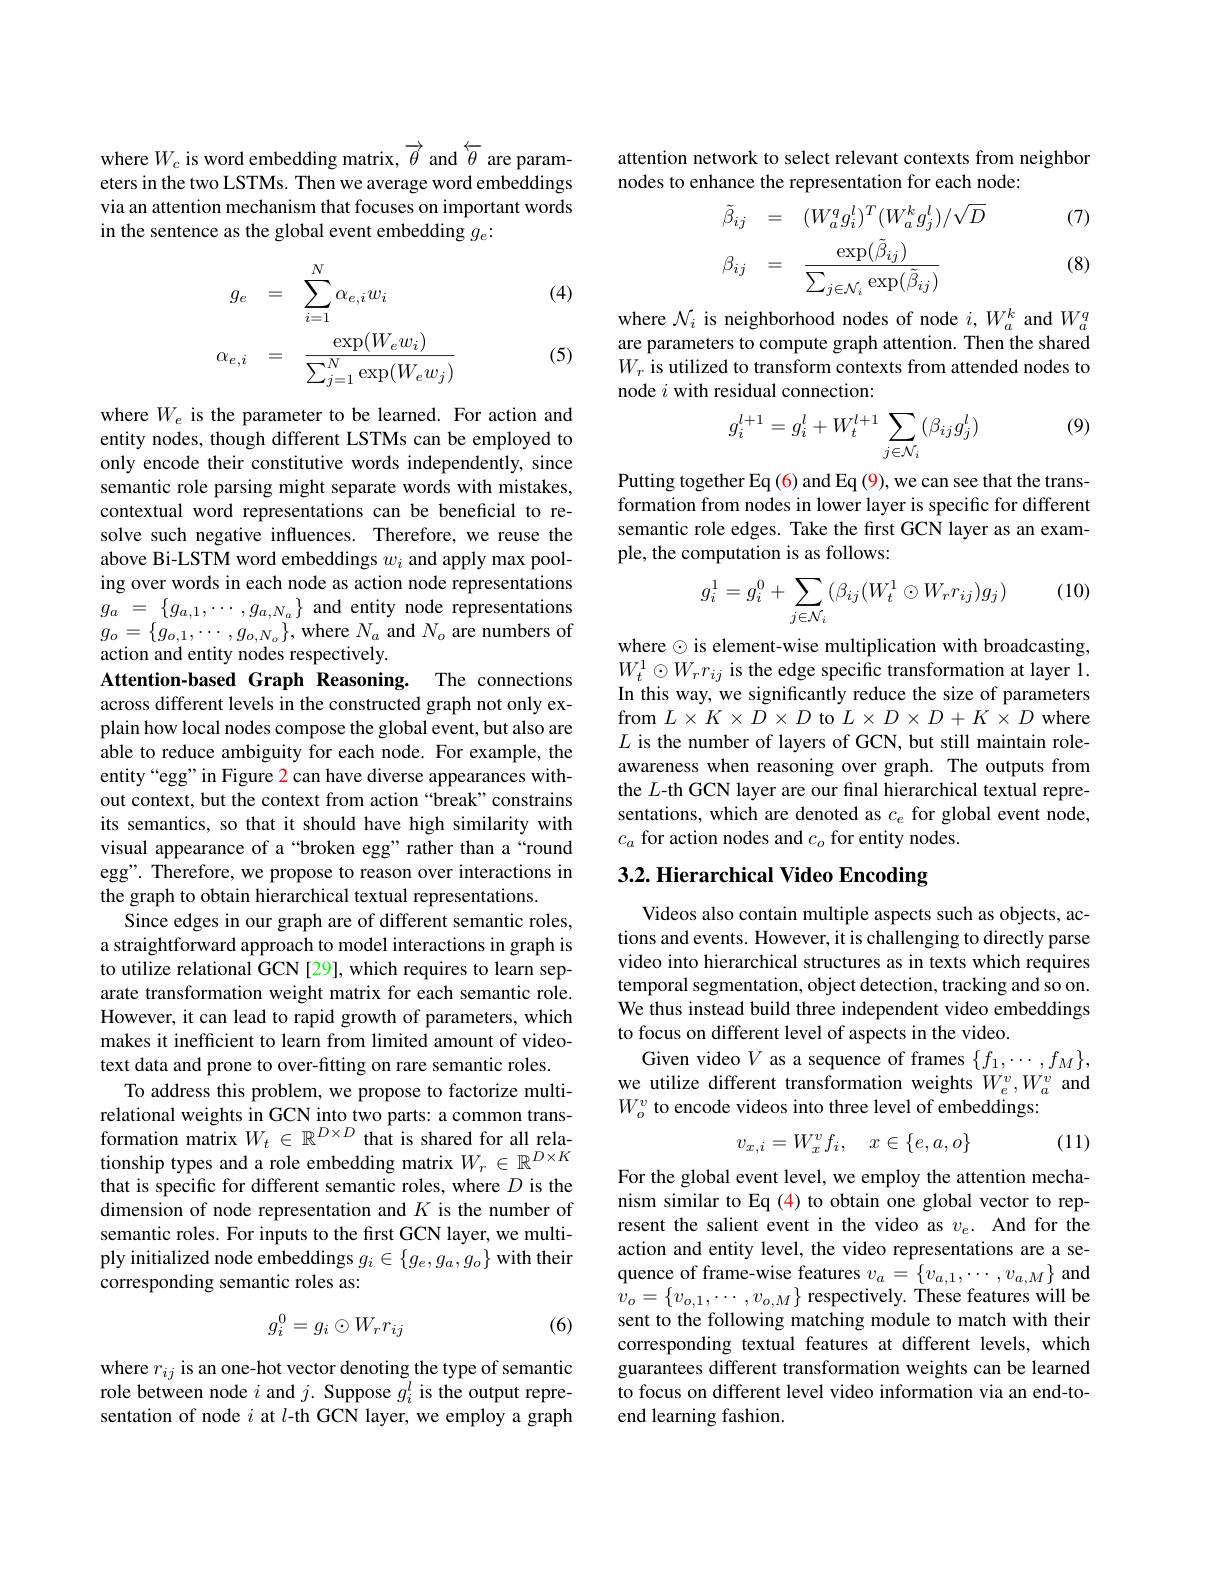
where $W_c$ is word embedding matrix, $\overrightarrow{\theta}$ and $\overleftarrow{\theta}$ are parameters in the two LSTMs. Then we average word embeddings via an attention mechanism that focuses on important words in the sentence as the global event embedding $g_e:$

(4)
$$\begin{aligned}g_{e}&=\quad\sum_{i=1}^{N}\alpha_{e,i}w_{i}\\\alpha_{e,i}&=\quad\frac{\exp(W_{e}w_{i})}{\sum_{j=1}^{N}\exp(W_{e}w_{j})}\end{aligned}$$
(5)

where $W_e$ is the parameter to be learned. For action and entity nodes, though different LSTMs can be employed to only encode their constitutive words independently, since semantic role parsing might separate words with mistakes, contextual word representations can be beneficial to resolve such negative influences. Therefore, we reuse the above Bi-LSTM word embeddings $w_i$ and apply max pooling over words in each node as action node representations $g_{a}$ = $\{ g_{a, 1}, \cdots , g_{a, N_{a}}\}$ and entity node representations $g_{o}=\{g_{o,1},\cdots,g_{o,N_{o}}\}$,where $N_a$ and $N_o$ are numbers of action and entity nodes respectively.
Attention-based Graph Reasoning. The connections across different levels in the constructed graph not only explain how local nodes compose the global event, but also are able to reduce ambiguity for each node. For example, the entity“egg” in Figure 2 can have diverse appearances without context, but the context from action “break”constrains its semantics, so that it should have high similarity with visual appearance of a“broken egg”rather than a“round egg". Therefore, we propose to reason over interactions in the graph to obtain hierarchical textual representations
Since edges in our graph are of different semantic roles, a straightforward approach to model interactions in graph is to utilize relational GCN [29], which requires to learn separate transformation weight matrix for each semantic role. However, it can lead to rapid growth of parameters, which makes it inefficient to learn from limited amount of videotext data and prone to over-fitting on rare semantic roles.
To address this problem, we propose to factorize multirelational weights in GCN into two parts: a common transformation matrix $W_t\in\mathbb{R}^{D\times D}$ that is shared for all relationship types and a role embedding matrix $W_r\in\mathbb{R}^{D\times K}$ that is specific for different semantic roles, where $D$ is the dimension of node representation and $K$ is the number of semantic roles. For inputs to the first GCN layer, we multiply initialized node embeddings $g_i\in\{g_e,g_a,g_o\}$ with their corresponding semantic roles as:
$$g_i^0=g_i\odot W_rr_{ij}$$
(6)

where $r_ij$ is an one-hot vector denoting the type of semantic role between node $i$ and $j.$ Suppose $g_i^l$ is the output representation of node $i$ at $l$-th GCN layer, we employ a graph

### attention network to select relevant contexts from neighbor nodes to enhance the representation for each node:
$$\begin{aligned}&\tilde{\beta}_{ij}&=\quad(W_{a}^{q}g_{i}^{l})^{T}(W_{a}^{k}g_{j}^{l})/\sqrt{D}\\&\beta_{ij}&=\quad\frac{\exp(\tilde{\beta}_{ij})}{\sum_{j\in\mathcal{N}_{i}}\exp(\tilde{\beta}_{ij})}\\\end{aligned}$$
(7)

(8)

where $\mathcal{N}_i$ is neighborhood nodes of node $i,W_a^k$ and $W_a^q$ are parameters to compute graph attention. Then the shared $W_r$ is utilized to transform contexts from attended nodes to node $i$ with residual connection:

(9)
$$g_i^{l+1}=g_i^l+W_t^{l+1}\sum_{j\in\mathcal{N}_i}(\beta_{ij}g_j^l)$$
Putting together Eq (6) and Eq (9), we can see that the transformation from nodes in lower layer is specific for different semantic role edges. Take the first GCN layer as an example, the computation is as follows:

(10)
$$g_i^1=g_i^0+\sum_{j\in\mathcal{N}_i}(\beta_{ij}(W_t^1\odot W_rr_{ij})g_j)$$
where $\odot$ is element-wise multiplication with broadcasting, $W_{t}^{1}\odot W_{r}r_{ij}$ is the edge specific transformation at layer 1. In this way, we significantly reduce the size of parameters from $L\times K\times D\times D$ to $L\times D\times D+K\times D$ where $L$ is the number of layers of GCN, but still maintain roleawareness when reasoning over graph. The outputs from the $L$-th GCN layer are our final hierarchical textual representations, which are denoted as $c_e$ for global event node, $c_a$ for action nodes and $c_o$ for entity nodes.

# 3.2. Hierarchical Video Encoding

Videos also contain multiple aspects such as objects, actions and events. However, it is challenging to directly parse video into hierarchical structures as in texts which requires temporal segmentation, object detection, tracking and so on. We thus instead build three independent video embeddings to focus on different level of aspects in the video.
Given video $V$ as a sequence of frames $\{f_1,\cdots,f_M\}$, we utilize different transformation weights $W_e^v,W_a^v$ and $W_o^v$ to encode videos into three level of embeddings:

(11)
$$v_{x,i}=W_x^vf_i,\quad x\in\{e,a,o\}$$
For the global event level, we employ the attention mechanism similar to Eq (4) to obtain one global vector to represent the salient event in the video as $v_e.$ And for the action and entity level, the video representations are a sequence of frame-wise features $v_a=\left\{v_{a,1},\cdots,v_{a,M}\right\}$ and $v_{o}=\{v_{o,1},\cdots,v_{o,M}\}$ respectively. These features will be sent to the following matching module to match with their corresponding textual features at different levels, which guarantees different transformation weights can be learned to focus on different level video information via an end-toend learning fashion